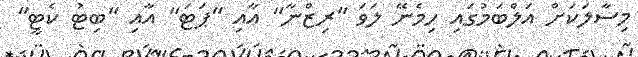
މިސާލަކަށް އަލްބަމުގައި ހިމެނޭ ލަވަ "ރިޒްނާ" އާއި "ޕަޓަ" އާއި "ބިޓު ކެޓީ"